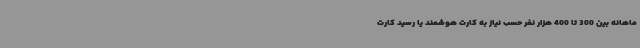
ماهانه بین 300 تا 400 هزار نفر حسب نیاز به کارت هوشمند یا رسید کارت